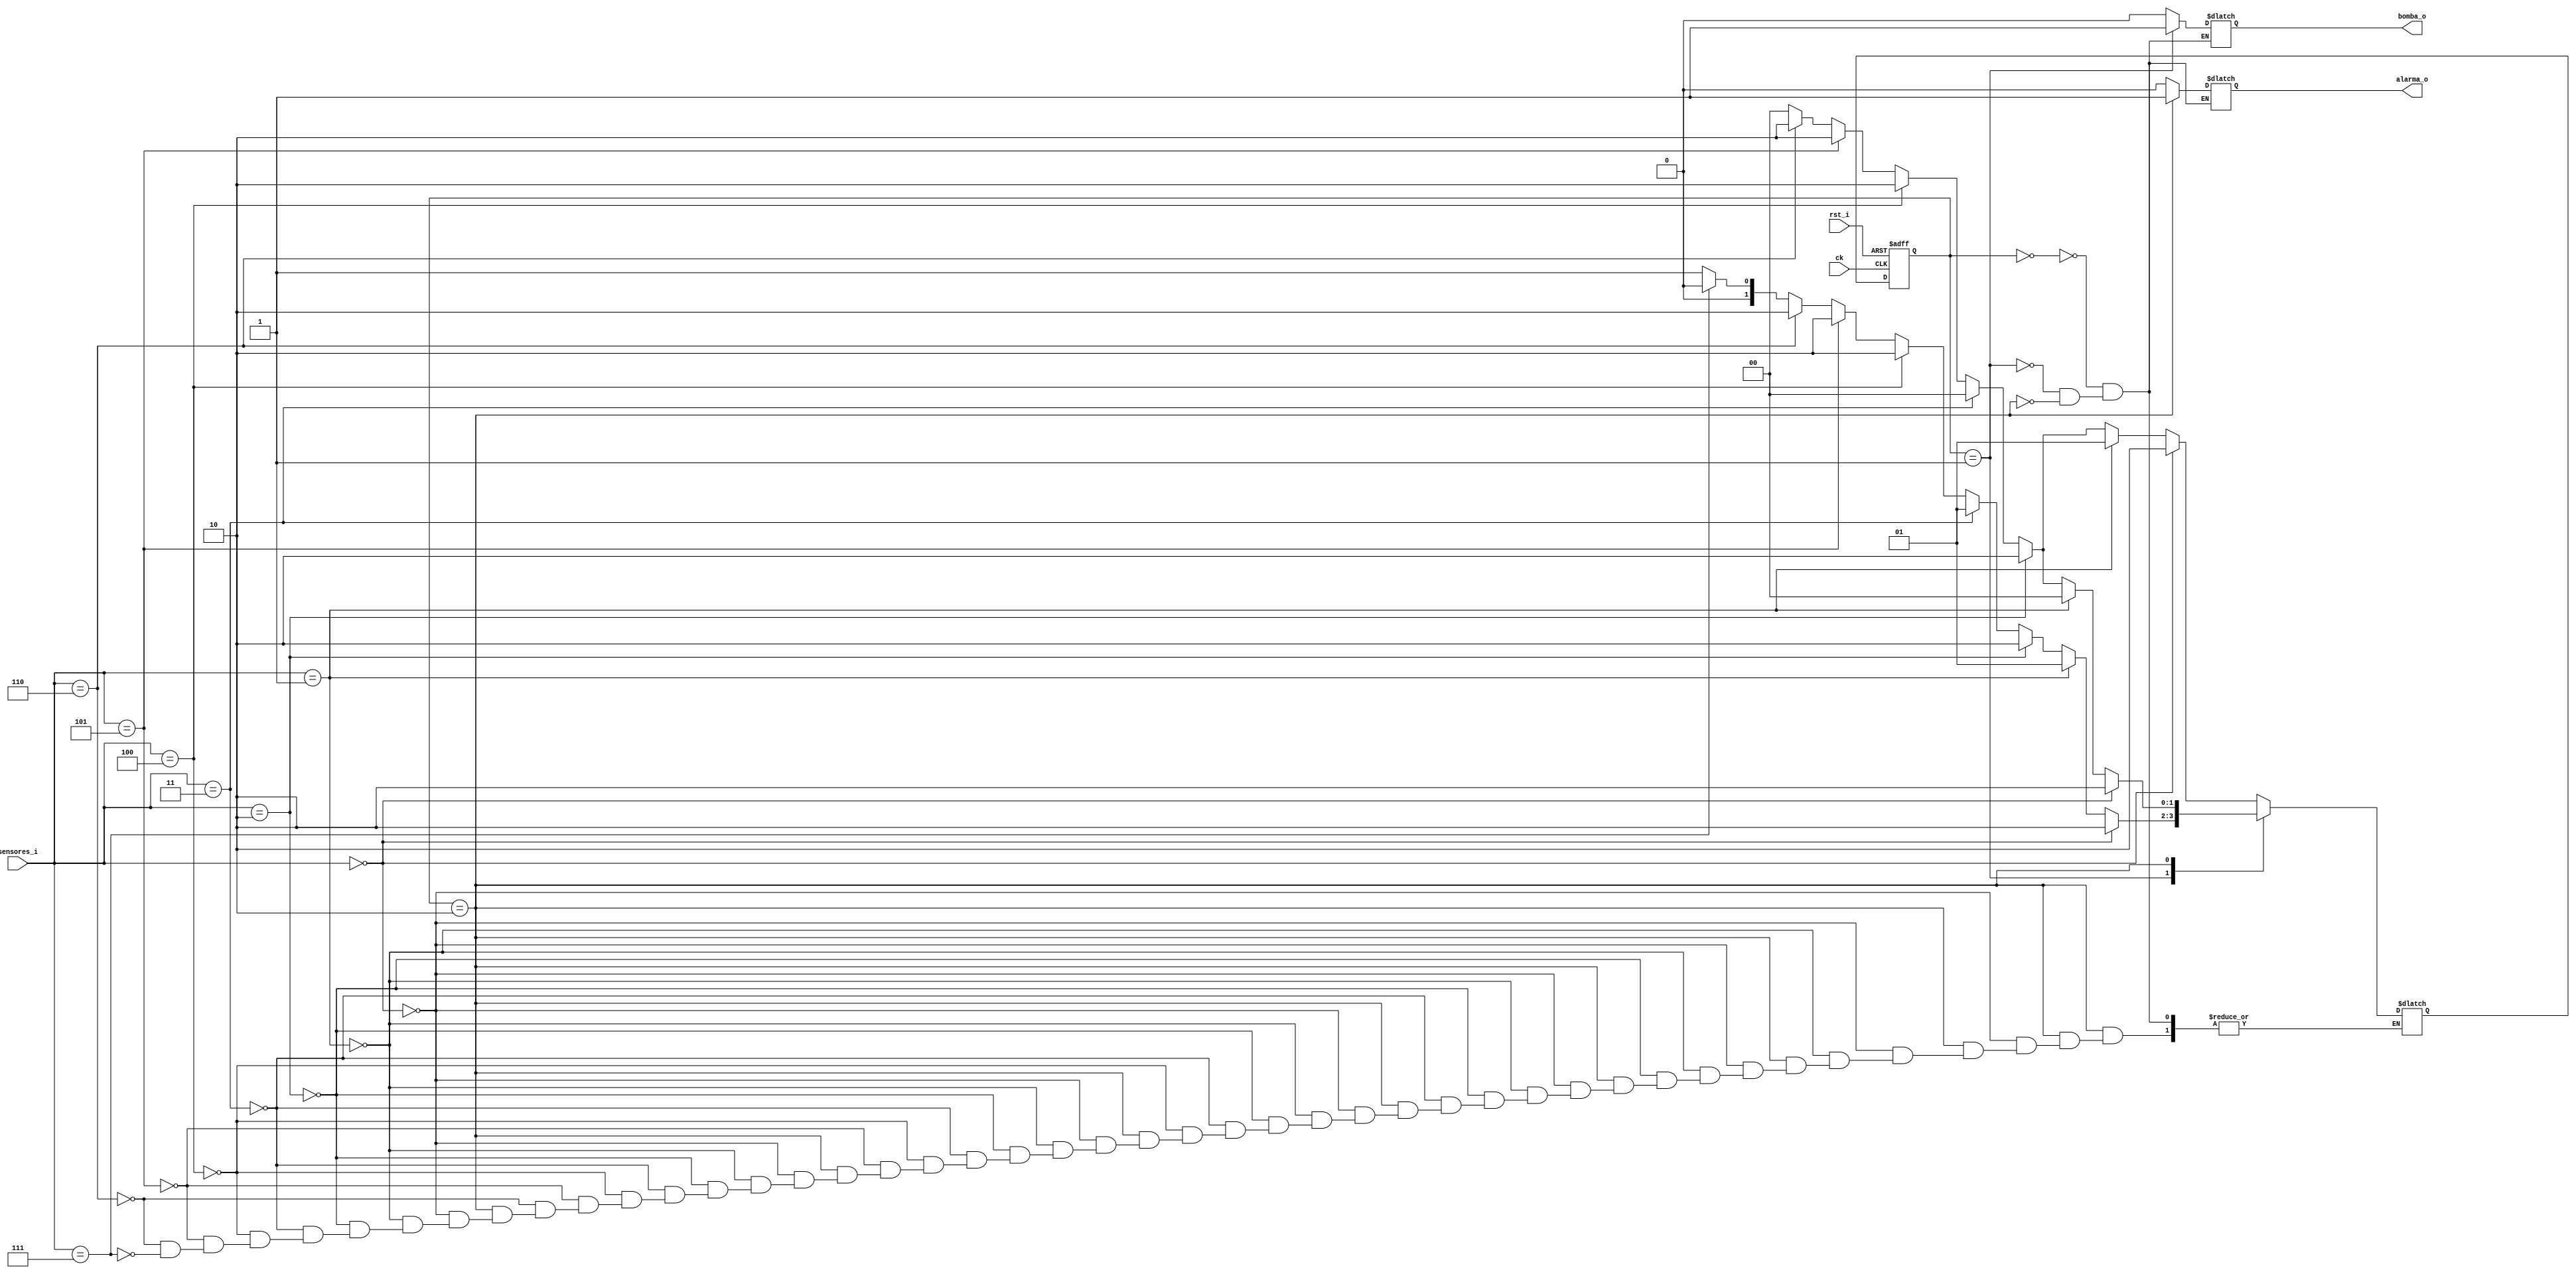
// This program was cloned from: https://github.com/arizaga1/Latin_bomba
// License: Apache License 2.0

//`timescale 1ns / 1ps
//////////////////////////////////////////////////////////////////////////////////
// Company: UPPuebla
// 
// Design Name: 
// Module Name: bomba1
// Project Name: Controlador de Bomba
// Target Devices: 
// Tool Versions: 
// Description: 
// 
// Dependencies: 
// 
// Revision:
// Revision 0.01 - File Created
// Additional Comments:
// 
//////////////////////////////////////////////////////////////////////////////////


module bomba1(
    input ck,
    input rst_i,
    input [2:0] sensores_i,
    output reg alarma_o,
    output reg bomba_o
    );
// sensores dos para el depsito superior y uno para la cisterna 

// registro para los estado
    reg [1:0] state, nextState;
   // reg alarma_r,bomba_r;
// Definicin de parmetros para los estados
  parameter espera = 2'b00;
  parameter llenado = 2'b01;
  parameter alarma = 2'b10;
    

// Asignacin asncrona del siguiente estado
always @ (state) begin
    case (state)
    espera:
    if (sensores_i == 3'b000)      nextState = alarma;
    else if (sensores_i == 3'b001) nextState = llenado;
    else if (sensores_i == 3'b010) nextState = alarma;
    else if (sensores_i == 3'b011) nextState = espera;
    else if (sensores_i == 3'b100) nextState = alarma;
    else if (sensores_i == 3'b101) nextState = alarma;
    else if (sensores_i == 3'b110) nextState = alarma;
    else if (sensores_i == 3'b111) nextState = espera;
    else nextState = espera;
    llenado:
    if (sensores_i == 3'b000)      nextState = alarma;
    else if (sensores_i == 3'b001) nextState = llenado;
    else if (sensores_i == 3'b010) nextState = alarma;
    else if (sensores_i == 3'b011) nextState = llenado;
    else if (sensores_i == 3'b100) nextState = alarma;
    else if (sensores_i == 3'b101) nextState = alarma;
    else if (sensores_i == 3'b110) nextState = alarma;
    else if (sensores_i == 3'b111) nextState = espera;
    else nextState = llenado;
    alarma:
    if (sensores_i == 3'b000)      nextState = alarma;
    else if (sensores_i == 3'b001) nextState = espera;
    else if (sensores_i == 3'b010) nextState = alarma;
    else if (sensores_i == 3'b011) nextState = espera;
    else if (sensores_i == 3'b100) nextState = alarma;
    else if (sensores_i == 3'b101) nextState = alarma;
    else if (sensores_i == 3'b110) nextState = alarma;
    else if (sensores_i == 3'b111) nextState = espera;
    endcase
  end 
// Asignacin sncrona: Actualizacin del estado
always @ (posedge ck or negedge rst_i) begin
    if (rst_i == 0) state = espera;
    else            state = nextState;    
end
// Asignacin de las salidas    
always @ (state) begin
    case (state)
    espera:
    begin
        alarma_o    <=   1'b0;
        bomba_o     <=   1'b0;
    end
    llenado:
    begin
        alarma_o    <=   1'b0;
        bomba_o     <=   1'b1;
    end
    alarma:
    begin
        alarma_o    <=   1'b1;
        bomba_o     <=   1'b0;
    end
   endcase
   end 
        
        
endmodule

//